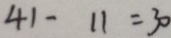
4 1 - 1 1 = 3 0